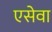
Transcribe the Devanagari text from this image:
एसेवा